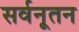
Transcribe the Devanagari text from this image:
सर्वनूतन